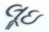
લૂઇ